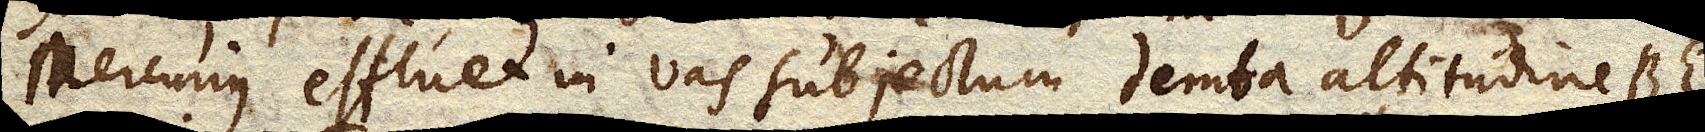
Mercurius effluet in vas subjectum demta altitudine BE